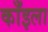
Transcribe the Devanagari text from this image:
काँइला